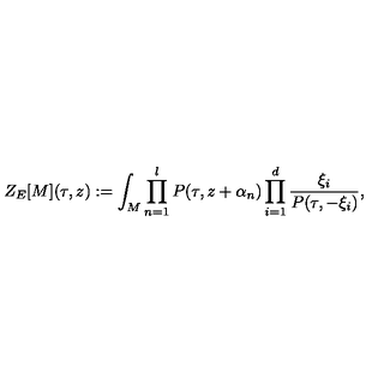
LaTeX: Z _ { E } [ M ] ( \tau , z ) : = \int _ { M } \prod _ { n = 1 } ^ { l } P ( \tau , z + \alpha _ { n } ) \prod _ { i = 1 } ^ { d } \frac { \xi _ { i } } { P ( \tau , - \xi _ { i } ) } ,